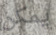
يمكن